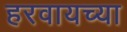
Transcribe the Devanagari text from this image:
हरवायच्या